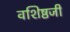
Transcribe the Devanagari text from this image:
वशिष्ठजी